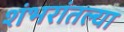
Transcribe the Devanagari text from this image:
शंभरांतल्या